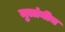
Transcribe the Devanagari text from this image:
मुलांनीच